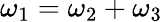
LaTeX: \omega_{1}=\omega_{2}+\omega_{3}